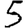
Digit: 5